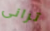
ترانى